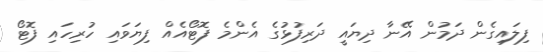
ފިލައިގެން ދަމުން އޭނާ ދިޔައީ ދަރިފުޅުގެ އެންމެ ފޮޓޯއެއް ފިޔަވައި ހުރިހައި ފޮޓޯ